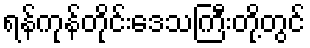
ရန်ကုန်တိုင်းဒေသကြီးတို့တွင်